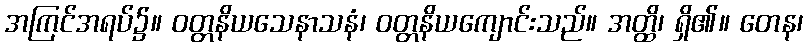
အကြင်အရပ်၌။ ဝတ္တနိယသေနာသနံ၊ ဝတ္တနိယကျောင်းသည်။ အတ္ထိ၊ ရှိ၏။ တေန၊